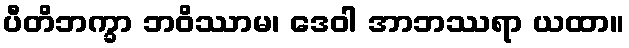
ပီတိဘက္ခာ ဘဝိဿာမ၊ ဒေဝါ အာဘဿရာ ယထာ။